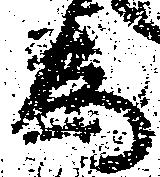
為